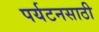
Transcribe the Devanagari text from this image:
पर्यटनसाठी